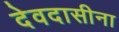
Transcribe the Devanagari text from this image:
देवदासीना